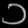
Digit: ၁